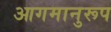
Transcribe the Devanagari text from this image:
आगमानुरूप